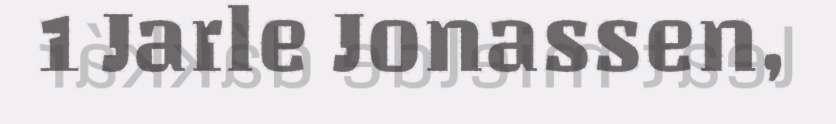
1 Jarle Jonassen,